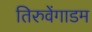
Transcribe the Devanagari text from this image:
तिरुवेंगाडम